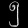
Digit: ၅